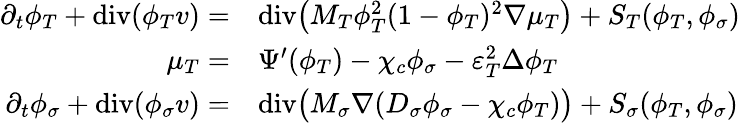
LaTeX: \begin{array}{rl}{\partial_{t}\phi_{T}+\textup{div}(\phi_{T}v)=}&{\textup{div}\big(M_{T}\phi_{T}^{2}(1-\phi_{T})^{2}\nabla\mu_{T}\big)+S_{T}(\phi_{T},\phi_{\sigma})}\\ {\mu_{T}=}&{\Psi^{\prime}(\phi_{T})-\chi_{c}\phi_{\sigma}-\varepsilon_{T}^{2}\Delta\phi_{T}}\\ {\partial_{t}\phi_{\sigma}+\textup{div}(\phi_{\sigma}v)=}&{\textup{div}\big(M_{\sigma}\nabla(D_{\sigma}\phi_{\sigma}-\chi_{c}\phi_{T})\big)+S_{\sigma}(\phi_{T},\phi_{\sigma})}\end{array}